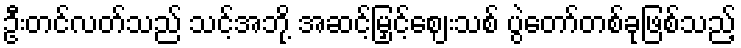
ဦးတင်လတ်သည် သင့်အဘို့ အဆင့်မြှင့်ဈေးသစ် ပွဲတော်တစ်ခုဖြစ်သည့်